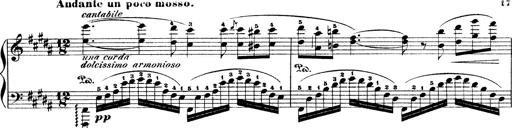
Title: Illustrations de l'opÃ©ra L'Africaine
Composer: Franz Liszt